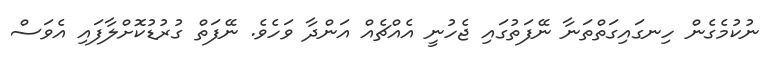
ނުކުމެގެން ހިނގައިގަތްތަނާ ނޭފަތުގައި ޖެހުނީ އެއްޗެއް އަންދާ ވަހެވެ. ނޭފަތް ގުރުޑުކޮށްލާފައި އެވަސް